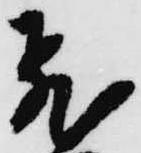
飛